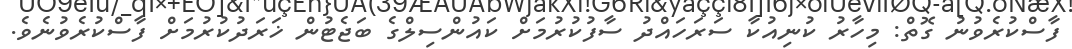
ފާސްކުރެވުނު ގޮތް: މިހާރު ކުނިއުކާ ސަރަހައްދު ސާފުކުރުމަށް ކައުންސިލްގެ ބަޖެޓުން ޚަރަދުކުރުމަށް ފާސްކުރެވުނެވެ.